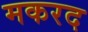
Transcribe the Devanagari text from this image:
मकरद